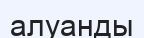
алуанды